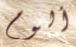
ألوم